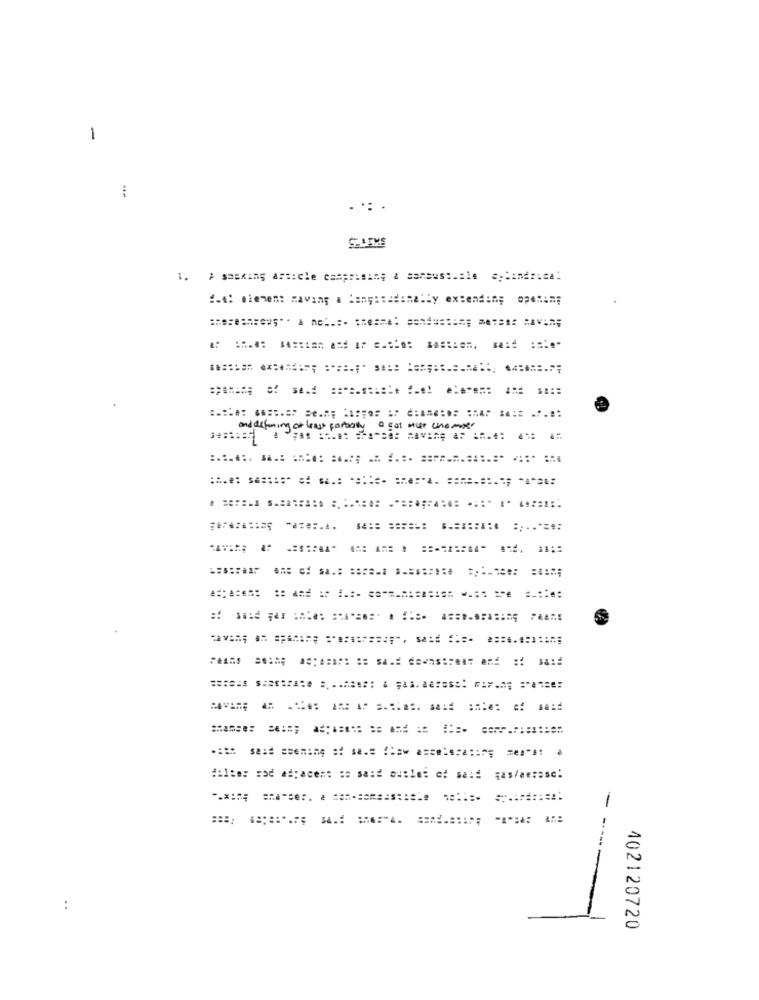
1
-.-
...
1. ¿ sasking article casprising a sansust.ale eplindrica:
2.4: element Having a Pangacadanelly extending openim;
and defining of least partially a gat nur unomper
== anse: ==== ===== ====== === =============
filter rad adjacent so said outlet of said gas/aerase:
..
-
402120720